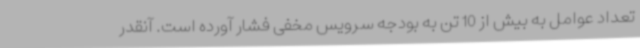
تعداد عوامل به بیش از 10 تن به بودجه سرویس مخفی فشار آورده است. آنقدر